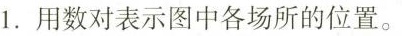
1.用数对表示图中各场所的位置。